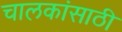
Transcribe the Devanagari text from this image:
चालकांसाठी